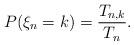
LaTeX: \begin{align*}P(\xi_n=k)={T_{n,k}\over T_n}.\end{align*}